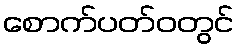
စောက်ပတ်ဝတွင်